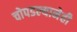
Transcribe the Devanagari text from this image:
चोपडल्यानेही